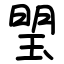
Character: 琞